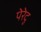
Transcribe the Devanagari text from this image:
पेरेदु